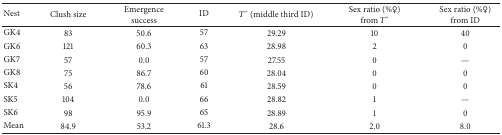
| Nest | Clush size | Emergence success | ID | T° (middle third ID) | Sex ratio (%♀) from T° | Sex ratio (%♀) from ID |
 | --- | --- | --- | --- | --- | --- | --- |
 | GK4 | 83 | 50.6 | 57 | 29.29 | 10 | 40 |
 | GK6 | 121 | 60.3 | 63 | 28.98 | 2 | 0 |
 | GK7 | 57 | 0.0 | 57 | 27.55 | 0 | — |
 | GK8 | 75 | 86.7 | 60 | 28.04 | 0 | 0 |
 | SK4 | 56 | 78.6 | 61 | 28.59 | 0 | 0 |
 | SK5 | 104 | 0.0 | 66 | 28.82 | 1 | — |
 | SK6 | 98 | 95.9 | 65 | 28.89 | 1 | 0 |
 | Mean | 84.9 | 53.2 | 61.3 | 28.6 | 2.0 | 8.0 |